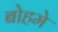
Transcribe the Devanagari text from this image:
बोहमे